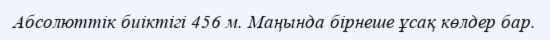
Абсолюттік биіктігі 456 м. Маңында бірнеше ұсақ көлдер бар.